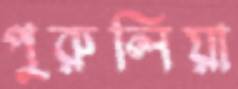
পুরুলিয়া